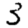
Digit: 3